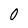
Character: 0